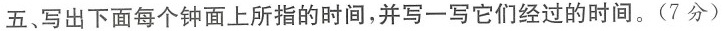
五、写出下面每个钟面上所指的时间，并写一写它们经过的时间。(7分)